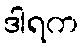
ဒါရက